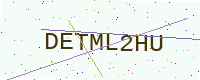
Text: DETML2HU